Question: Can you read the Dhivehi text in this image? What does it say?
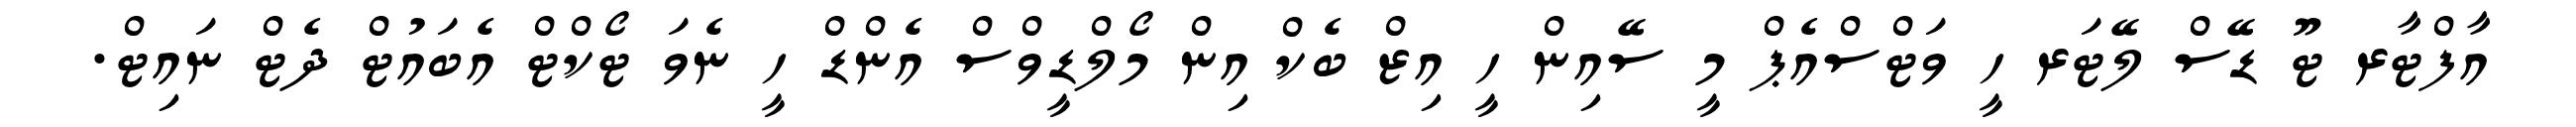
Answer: އާފްޓާރ ޓޫ ޑޭސް ލޭޓަރ ހީ ވަޓްސްއެޕް މީ ސޭއިން ހީ އިޒް ބެކް އިން މޯލްޑީވްސް އެންޑް ހީ ނެވަ ޓޯކްޓް އެބައުޓް ދެޓް ނައިޓް.